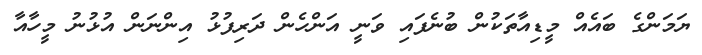
ޔަމަންގެ ބައެއް މީޑިއާތަކުން ބުނެފައި ވަނީ އަންހެން ދަރިފުޅު އިންނަން އުޅުނު މީހާއާ